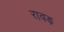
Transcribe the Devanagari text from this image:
रावड़